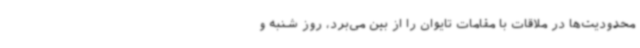
محدودیت‌ها در ملاقات با مقامات تایوان را از بین می‌برد، روز شنبه و